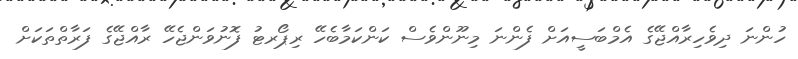
ހުންނަ ދިވެހިރާއްޖޭގެ އެމްބަސީއަށް ފެންނަ މިނޫންވެސް ކަންކަމާބެހޭ ރިޕޯރޓު ފޮނުވަންޖެހޭ ރާއްޖޭގެ ފަރާތްތަކަށް